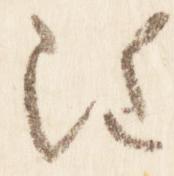
雖